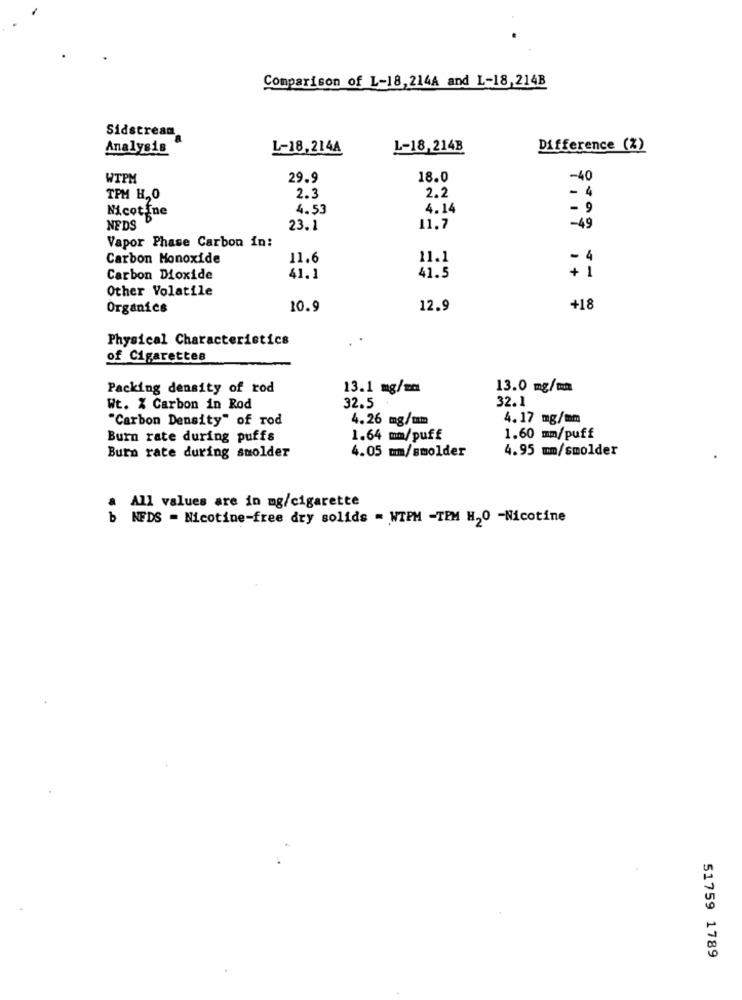
Comparison of L-18,214A and L-18,214B
Sidstream
Analysis
L-18,214A
L-18,214B
Difference (%)
WTPM
29.9
18.0
-40
TPM H, 0
2.3
2.2
- 4
Nicotine
4.53
4.14
- 9
NEDS
23.1
11.7
-49
Vapor Phase Carbon in:
Carbon Monoxide
11.6
11.1
- 4
Carbon Dioxide
41.1
41.5
+ 1
Other Volatile
Organics
10.9
12.9
+18
Physical Characteristics
of Cigarettes
Packing density of rod
13.1 mg/mm
13.0 mg/um
32.5
32.1
Wt. % Carbon in Rod
"Carbon Density" of rod
4.26 mg/mm
4.17 mg/mm
Burn rate during puffs
1.64 mm/puff
1.60 mm/puff
4.05 mm/smolder
4.95 mm/smolder
Burn rate during smolder
All values are in mg/cigarette
b
NFDS = Nicotine-free dry solids = WTPM -TEM H20 -Nicotine
51759 1789